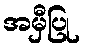
အမှီပြု